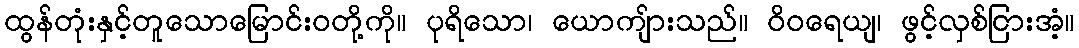
ထွန်တုံးနှင့်တူသောမြောင်းဝတို့ကို။ ပုရိသော၊ ယောကျ်ားသည်။ ဝိဝရေယျ၊ ဖွင့်လှစ်ငြားအံ့။